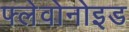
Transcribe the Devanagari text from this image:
फ्लेवोनोइड